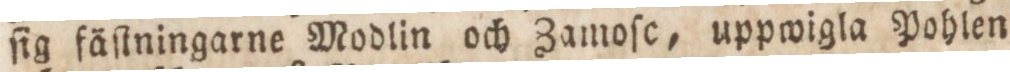
ſig fäſtningarne Modlin och Zamoſc, uppwigla Pohlen